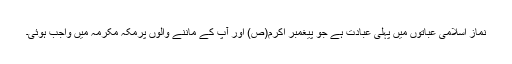
نماز اسلامی عباتوں میں پہلی عبادت ہے جو پیغمبر اکرم(ص) اور آپ کے ماننے والوں پرمکہ مکرمہ میں واجب ہوئی۔